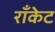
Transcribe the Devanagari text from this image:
राँकेट